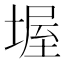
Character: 𡎔